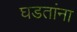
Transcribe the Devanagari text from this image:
घडतांना